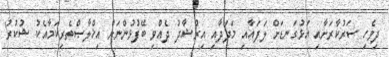
ދިވެހި ސަރުކާރަށާއި އަޅުގަނޑަށް ލަފައާއި މަދަދާއި އިރުޝާދު ދެއްވި ބޭފުޅުންނަށް އިޚްލާޞްތެރިކަމާއެކު ޝުކުރު